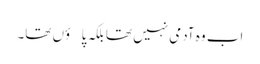
اب وہ آدمی نہیں تھا بلکہ پاؤں تھا۔